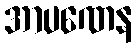
အာပဏေန